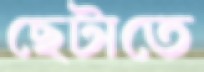
ছেটাতে